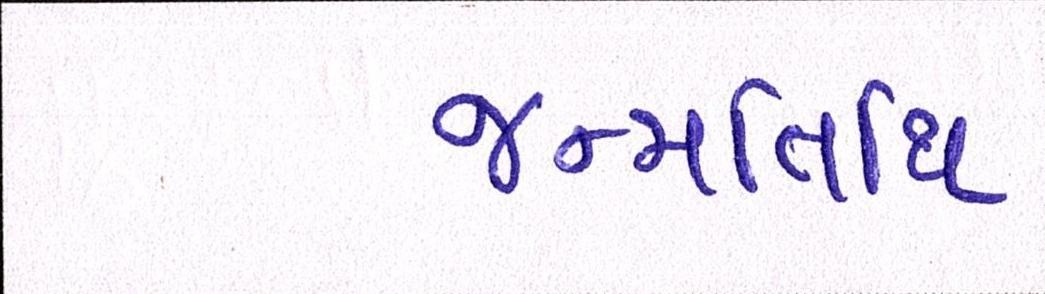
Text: જન્મતિથિ